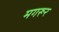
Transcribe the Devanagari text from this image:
मगरूर